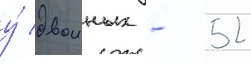
у́ двоиных - 52